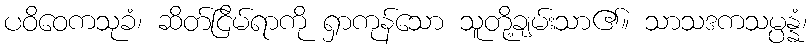
ပဝိဝေကသုခံ၊ ဆိတ်ငြိမ်ရာကို ရှာကုန်သော သူတို့ချမ်းသာ၏။ သာသဒကသမ္ပန္နံ၊